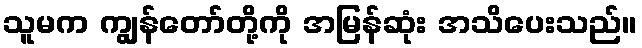
သူမက ကျွန်တော်တို့ကို အမြန်ဆုံး အသိပေးသည်။